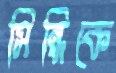
সিন্ধিকে